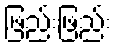
ဖြည်းဖြည်း